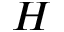
H